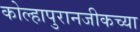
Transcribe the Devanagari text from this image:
कोल्हापुरानजीकच्या